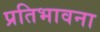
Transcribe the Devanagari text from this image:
प्रतिभावना